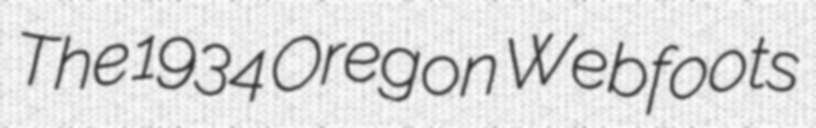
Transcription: The 1934 Oregon Webfoots